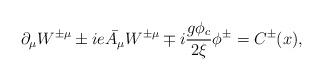
LaTeX: \begin{align*} \partial_{\mu}W^{\pm \mu} \pm ie\bar{A_{\mu}}W^{\pm \mu} \mp i\frac{g\phi_c}{2\xi}\phi^{\pm} = C^{\pm}(x),\end{align*}